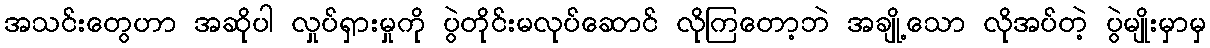
အသင်းတွေဟာ အဆိုပါ လှုပ်ရှားမှုကို ပွဲတိုင်းမလုပ်ဆောင် လိုကြတော့ဘဲ အချို့သော လိုအပ်တဲ့ ပွဲမျိုးမှာမှ